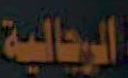
الرجالية